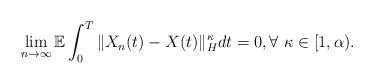
\begin{align*}\lim_{n\rightarrow\infty}\mathbb{E}\int_0^T \Vert X_n(t)-X(t)\Vert_H^{\kappa} dt = 0, \forall\ \kappa\in[1,\alpha) .\end{align*}